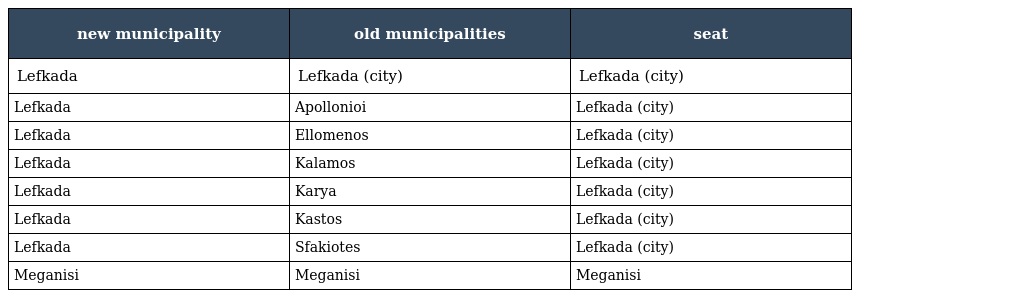
| new municipality | old municipalities | seat |
 | --- | --- | --- |
 | Lefkada | Lefkada (city) | Lefkada (city) |
 | Lefkada | Apollonioi | Lefkada (city) |
 | Lefkada | Ellomenos | Lefkada (city) |
 | Lefkada | Kalamos | Lefkada (city) |
 | Lefkada | Karya | Lefkada (city) |
 | Lefkada | Kastos | Lefkada (city) |
 | Lefkada | Sfakiotes | Lefkada (city) |
 | Meganisi | Meganisi | Meganisi |